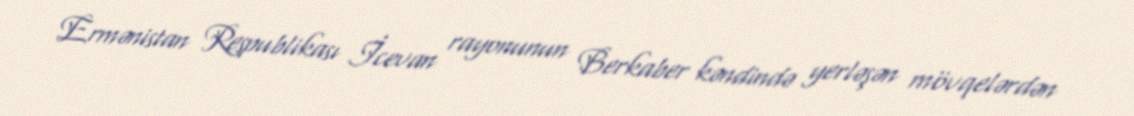
Ermənistan Respublikası İcevan rayonunun Berkaber kəndində yerləşən mövqelərdən